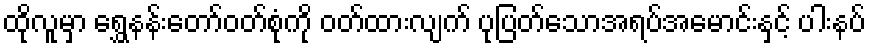
ထိုလူမှာ ရွှေနန်းတော်ဝတ်စုံကို ဝတ်ထားလျက် ပုပြတ်သောအရပ်အမောင်းနှင့် ပါးနပ်